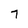
Character: 7